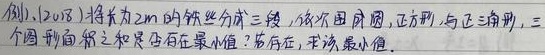
例1、(2018) 将长为\(2m\)的铁丝分成三段，依次围成圆，正方形，与正三角形，三个图形面积之和是否有最小值？若存在，求该最小值。